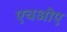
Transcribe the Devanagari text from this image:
एचओए